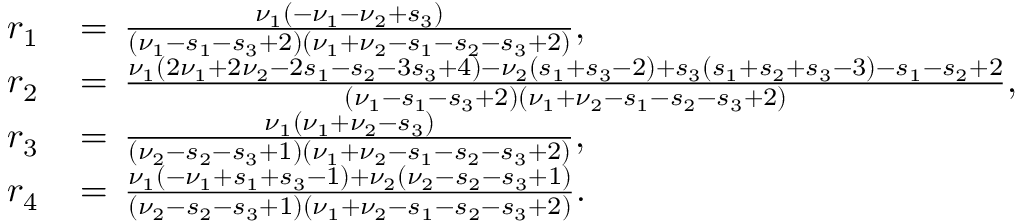
\begin{array} { r l } { r _ { 1 } } & { \, = \, \frac { \nu _ { 1 } ( - \nu _ { 1 } - \nu _ { 2 } + s _ { 3 } ) } { ( \nu _ { 1 } - s _ { 1 } - s _ { 3 } + 2 ) ( \nu _ { 1 } + \nu _ { 2 } - s _ { 1 } - s _ { 2 } - s _ { 3 } + 2 ) } , } \\ { r _ { 2 } } & { \, = \, \frac { \nu _ { 1 } ( 2 \nu _ { 1 } + 2 \nu _ { 2 } - 2 s _ { 1 } - s _ { 2 } - 3 s _ { 3 } + 4 ) - \nu _ { 2 } ( s _ { 1 } + s _ { 3 } - 2 ) + s _ { 3 } ( s _ { 1 } + s _ { 2 } + s _ { 3 } - 3 ) - s _ { 1 } - s _ { 2 } + 2 } { ( \nu _ { 1 } - s _ { 1 } - s _ { 3 } + 2 ) ( \nu _ { 1 } + \nu _ { 2 } - s _ { 1 } - s _ { 2 } - s _ { 3 } + 2 ) } , } \\ { r _ { 3 } } & { \, = \, \frac { \nu _ { 1 } ( \nu _ { 1 } + \nu _ { 2 } - s _ { 3 } ) } { ( \nu _ { 2 } - s _ { 2 } - s _ { 3 } + 1 ) ( \nu _ { 1 } + \nu _ { 2 } - s _ { 1 } - s _ { 2 } - s _ { 3 } + 2 ) } , } \\ { r _ { 4 } } & { \, = \, \frac { \nu _ { 1 } ( - \nu _ { 1 } + s _ { 1 } + s _ { 3 } - 1 ) + \nu _ { 2 } ( \nu _ { 2 } - s _ { 2 } - s _ { 3 } + 1 ) } { ( \nu _ { 2 } - s _ { 2 } - s _ { 3 } + 1 ) ( \nu _ { 1 } + \nu _ { 2 } - s _ { 1 } - s _ { 2 } - s _ { 3 } + 2 ) } . } \end{array}